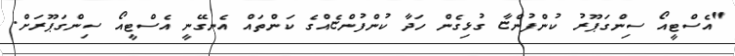
"އެސްޓީއޯ ސިންގަޕޫރު ކުންފުންޏާ ގުޅިގެން ހަދާ ކުންފުންޏެއްގެ ކަންތައް އެނގޭނީ އެސްޓީއޯ ސިންގަޕޫރަށް.